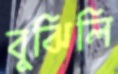
বুঝিলি